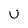
Character: U